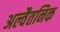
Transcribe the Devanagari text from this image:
अल्वैतनिक